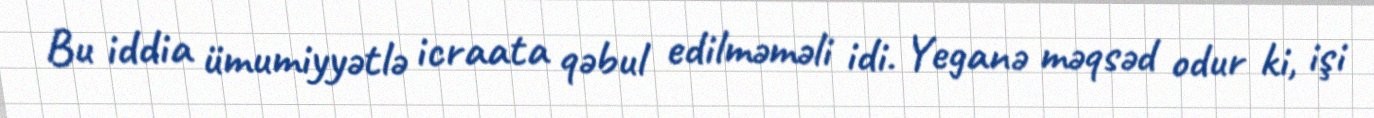
Bu iddia ümumiyyətlə icraata qəbul edilməməli idi. Yeganə məqsəd odur ki, işi